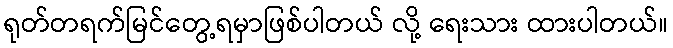
ရုတ်တရက်မြင်တွေ့ရမှာဖြစ်ပါတယ် လို့ ရေးသား ထားပါတယ်။